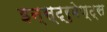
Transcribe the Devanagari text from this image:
इन्स्ट्रुमेण्ट्स